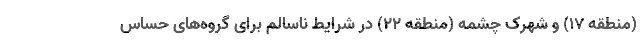
(منطقه ۱۷) و شهرک چشمه (منطقه ۲۲) در شرایط ناسالم برای گروه‌های حساس